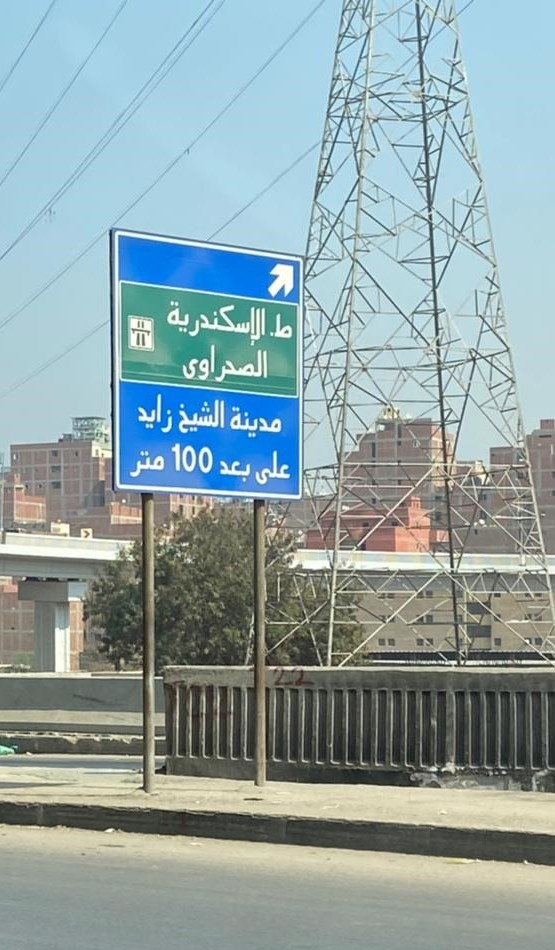
Text in image: الإسكندرية ط الصحراوى زايد الشيخ مدينة متر على بعد 100